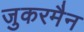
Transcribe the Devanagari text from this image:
जुकरमैन